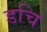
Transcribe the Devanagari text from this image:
डचि